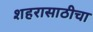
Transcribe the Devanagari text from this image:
शहरासाठीचा